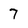
Character: 7